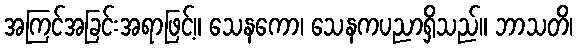
အကြင်အခြင်းအရာဖြင့်။ သေနကော၊ သေနကပညာရှိသည်။ ဘာသတိ၊